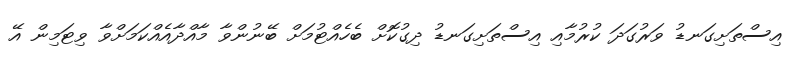
އިސްތަށިގަނޑު ވަރުގަދަ ކުރުމާއި އިސްތަށިގަނޑު ދިގުކޮށް ބެހެއްޓުމަށް ބޭނުންވާ މާއްދާއެއްކަމަށްވާ ވިޓަމިން އޭ